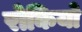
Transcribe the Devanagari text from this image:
रोकियो